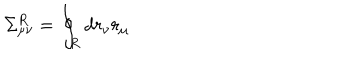
LaTeX: \Sigma _ { \mu \nu } ^ { R } = \oint _ { R } d r _ { \nu } r _ { \mu }